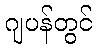
ဂျပန်တွင်